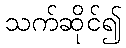
သက်ဆိုင်၍